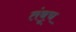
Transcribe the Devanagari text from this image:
तंबूच